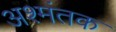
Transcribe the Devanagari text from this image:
अश्मंतक